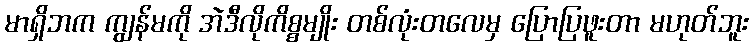
မာရှိဘက ကျွန်မကို အဲဒီလိုကိစ္စမျိုး တစ်လုံးတလေမှ ပြောပြဖူးတာ မဟုတ်ဘူး